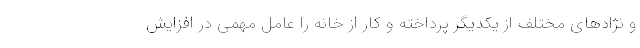
و نژادهای مختلف از یکدیگر پرداخته و کار از خانه را عامل مهمی در افزایش